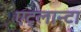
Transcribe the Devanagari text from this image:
एट्लान्टा